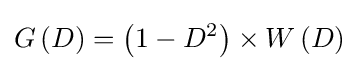
G\left(D\right)=\left(1-{D^{2}}\right)\times W\left(D\right)